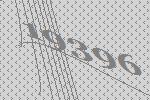
19396